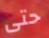
حتى